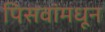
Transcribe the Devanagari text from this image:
पिसवांमधून